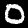
Digit: 0